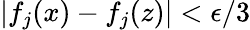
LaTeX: |f_{j}(x)-f_{j}(z)|<\epsilon/3